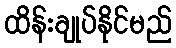
ထိန်းချုပ်နိုင်မည်